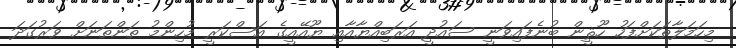
މިހަމަލާތަކަށްފަހު ހޫޘީން ބުނެފައިވަނީ ސައުދީ އަރަބިއްޔާއާއި ޔޫއޭއީގެ އަސްކަރީ މުހިންމު ތަންތަނަށް ވަރުގަދަ